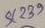
Text: SC329